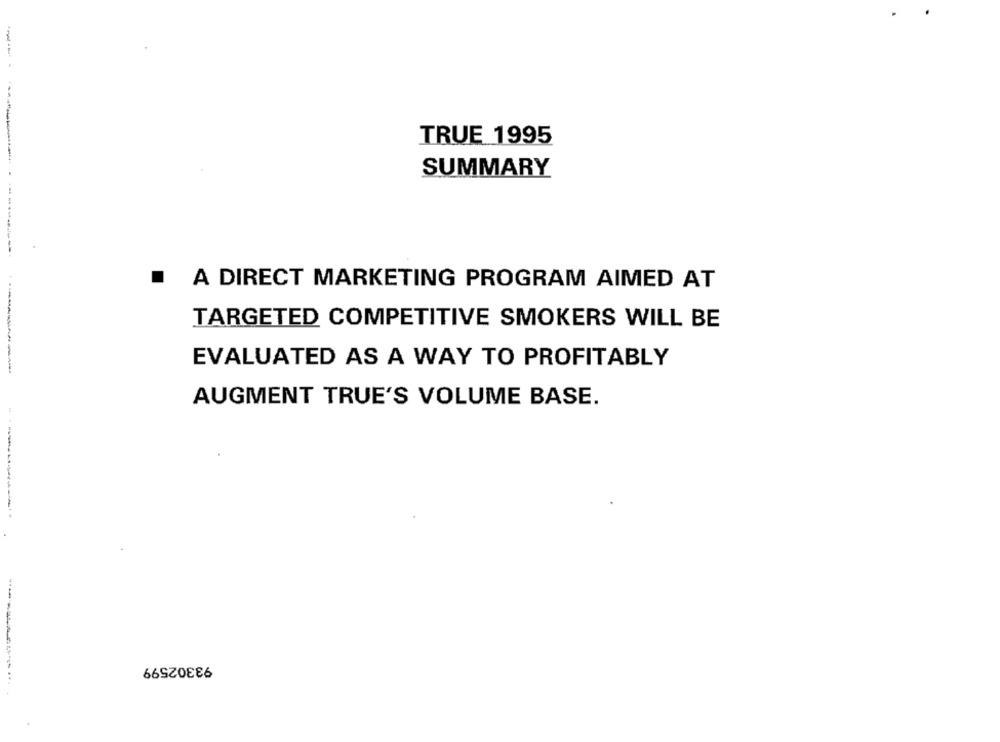
TRUE 1995
SUMMARY
A DIRECT MARKETING PROGRAM AIMED AT
TARGETED COMPETITIVE SMOKERS WILL BE
EVALUATED AS A WAY TO PROFITABLY
AUGMENT TRUE'S VOLUME BASE.
93302599